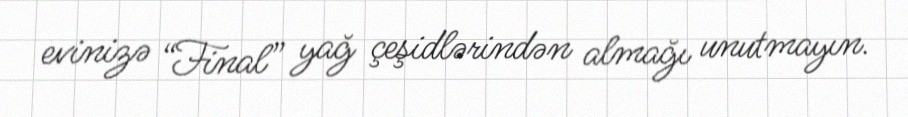
evinizə “Final” yağ çeşidlərindən almağı unutmayın.